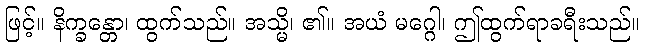
ဖြင့်။ နိက္ခန္တော၊ ထွက်သည်။ အသ္မိ၊ ၏။ အယံ မဂ္ဂေါ၊ ဤထွက်ရာခရီးသည်။